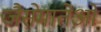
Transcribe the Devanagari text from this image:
जैसेमातेओ